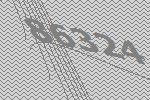
86324